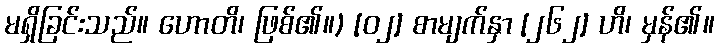
မရှိခြင်းသည်။ ဟောတိ၊ ဖြစ်၏။) [၀၂] စာမျက်နှာ [၂၆၂] ဟိ၊ မှန်၏။